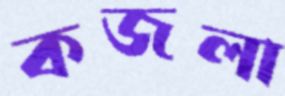
কজলা